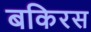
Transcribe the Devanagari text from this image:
बकिरस